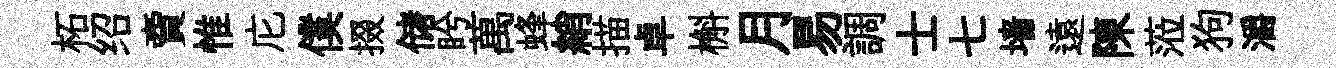
柘绍𧶠惟庀僕掇储盻萬蜂綃描卓槲月易調士七墙遠陳蒞狗灂